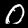
Label: 0